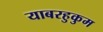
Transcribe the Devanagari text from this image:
याबरहुकुम